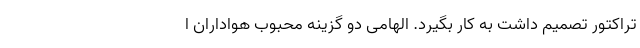
تراکتور تصمیم داشت به کار بگیرد. الهامی دو گزینه محبوب هواداران ا